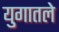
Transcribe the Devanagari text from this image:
युगातले